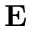
\mathbf { E }